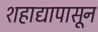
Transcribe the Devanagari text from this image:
शहाद्यापासून